65_HS1-834228961_62-HQ-83894_Serial_130
Agency: FBI
Page 118
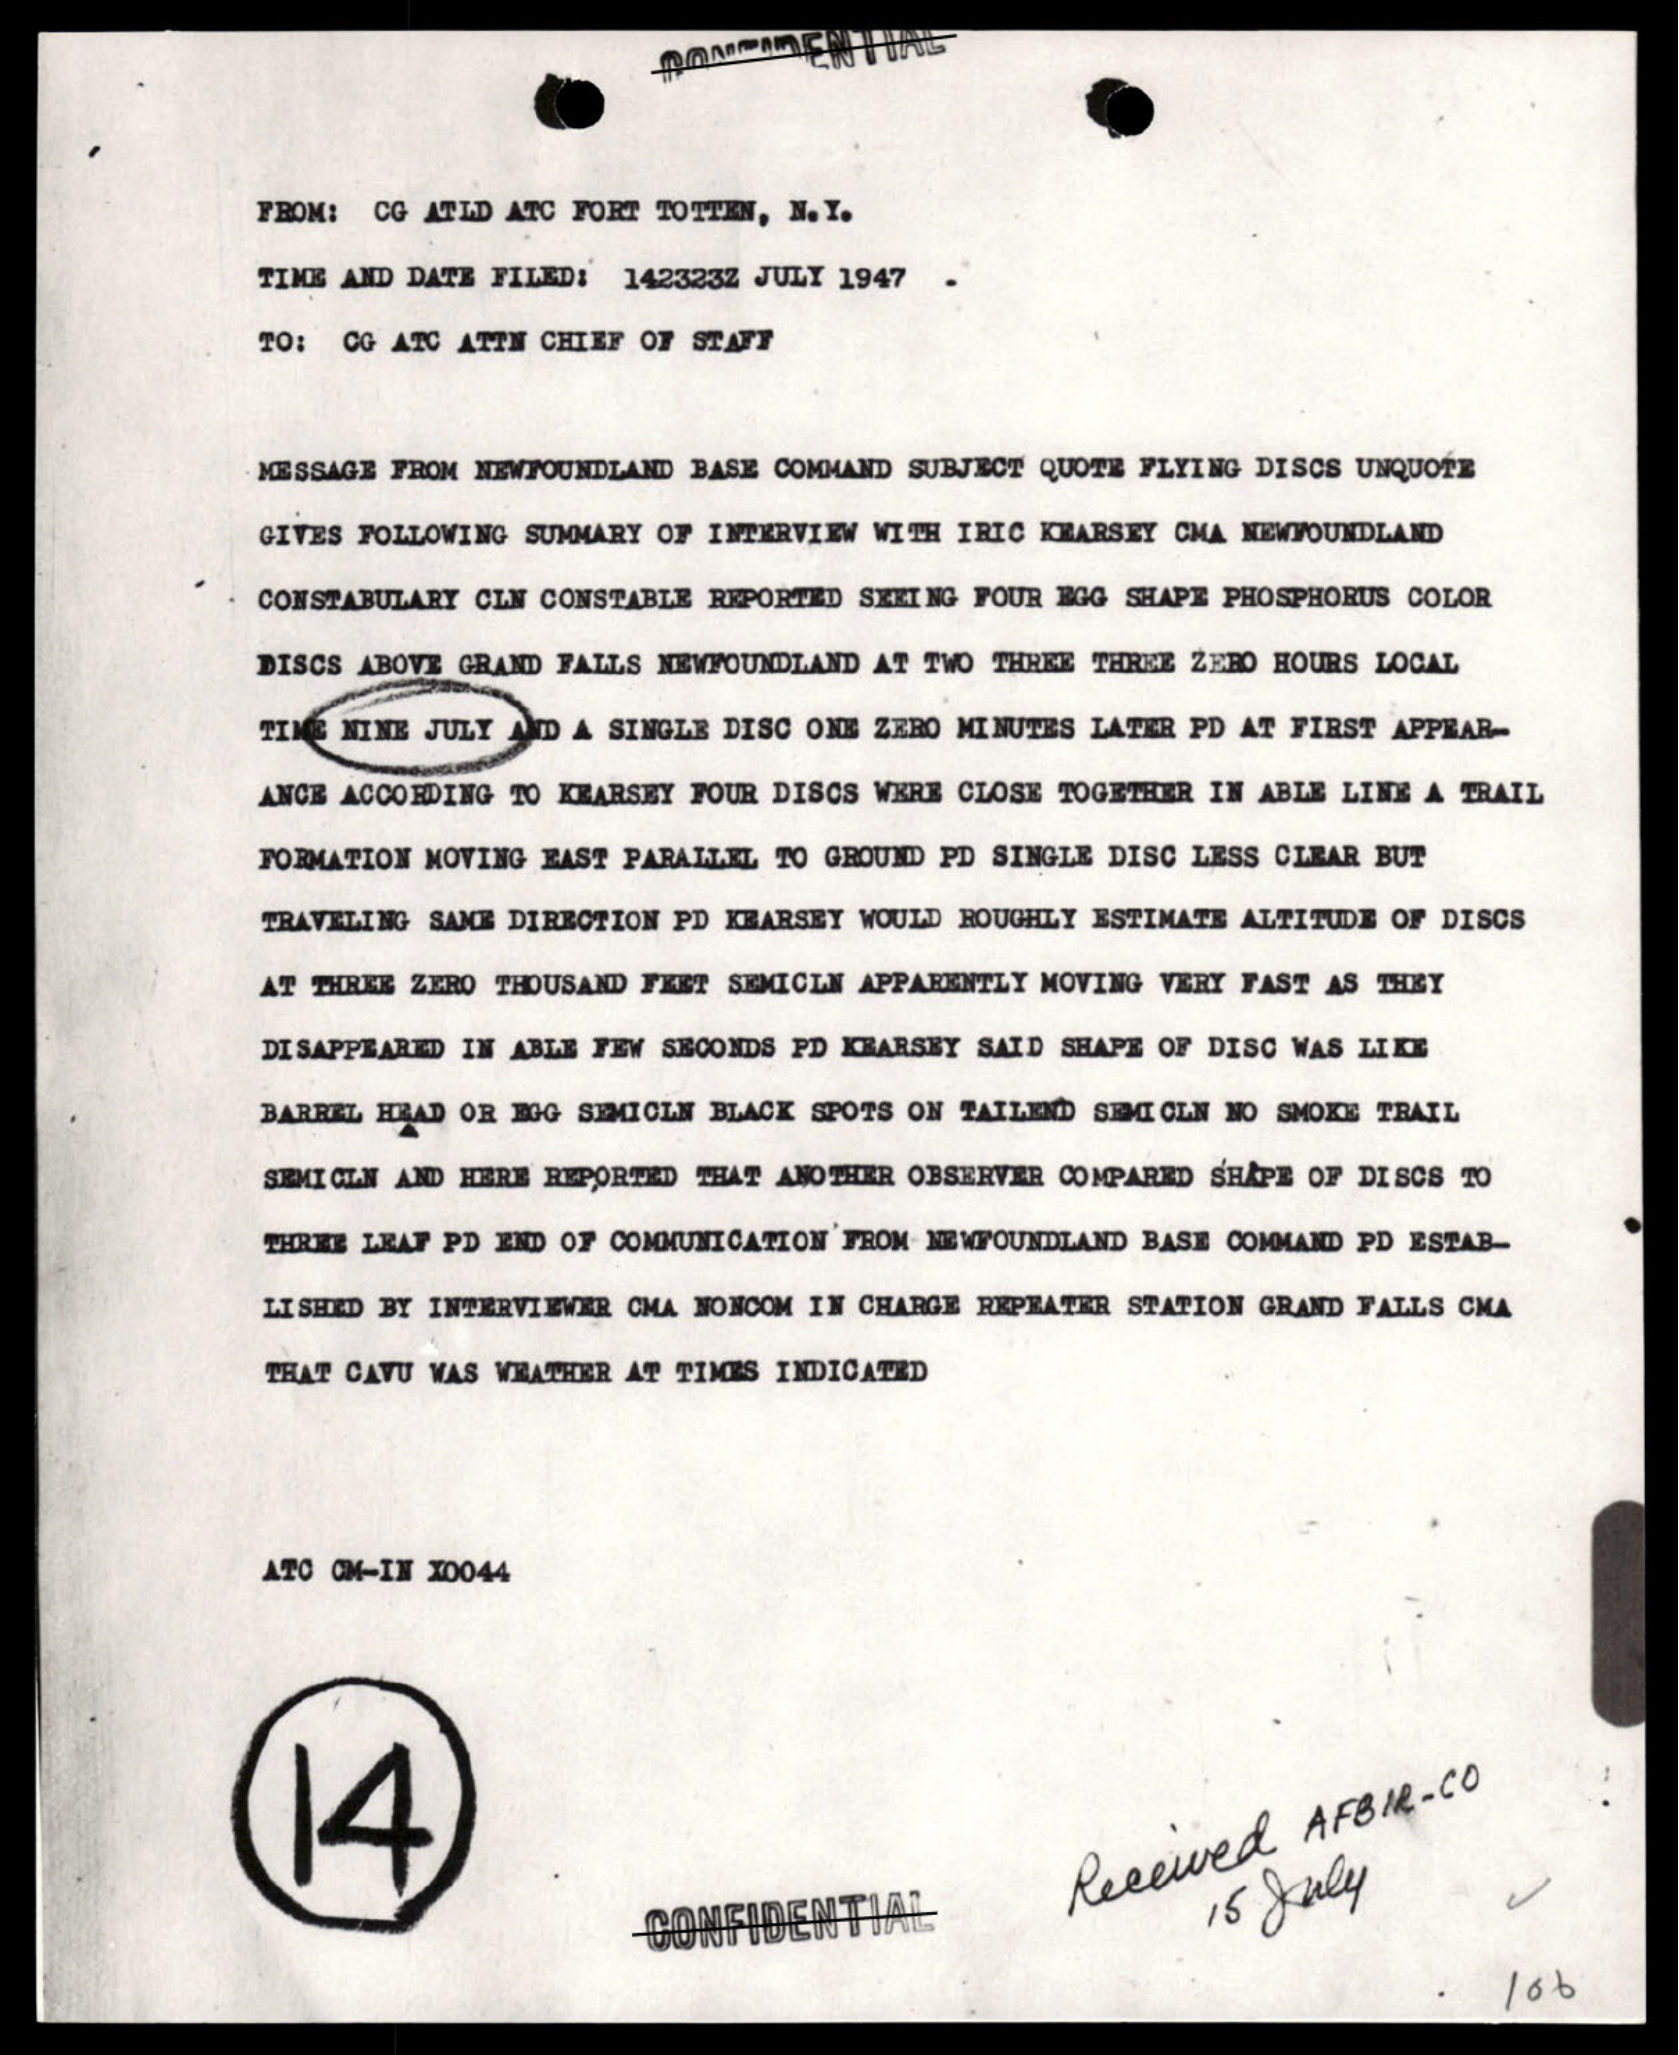